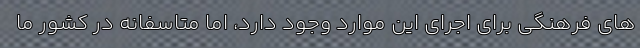
های فرهنگی برای اجرای این موارد وجود دارد، اما متاسفانه در کشور ما